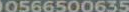
00566500635